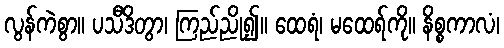
လွန်ကဲစွာ။ ပသီဒိတွာ၊ ကြည်ညို၍။ ထေရံ၊ မထေရ်ကို။ နိစ္စကာလံ၊